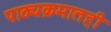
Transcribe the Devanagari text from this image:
पाठ्यक्रमातही